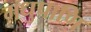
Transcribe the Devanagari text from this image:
मधुपाणि